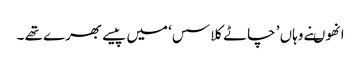
انھوںنے وہاں ’ چاٹے کلاسس‘ میں پیسے بھرے تھے ۔